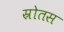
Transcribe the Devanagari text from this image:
स्रोतस